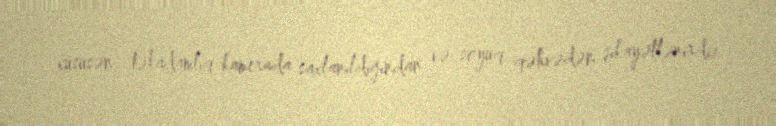
xüsusən təkadamlıq kamerada saxlanıldığından və soyuq qəhvədən şikayətlənirdi).